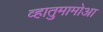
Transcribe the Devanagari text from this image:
व्हातुमामोआ